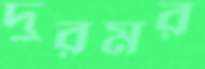
দুরমর